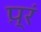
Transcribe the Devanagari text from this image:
प़्रं